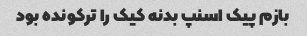
بازم پیک اسنپ بدنه کیک را ترکونده بود